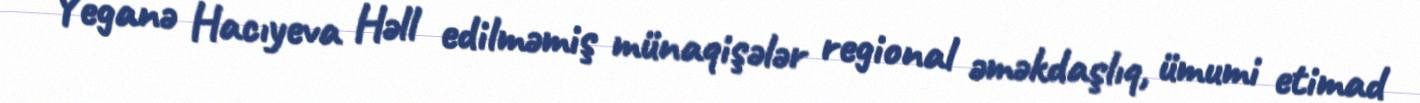
Yeganə Hacıyeva Həll edilməmiş münaqişələr regional əməkdaşlıq, ümumi etimad